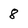
Character: 8